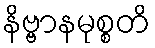
နိဗ္ဗာနမုစ္စတိ